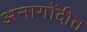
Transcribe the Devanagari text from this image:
अनागोंदीत